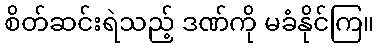
စိတ်ဆင်းရဲသည့် ဒဏ်ကို မခံနိုင်ကြ။